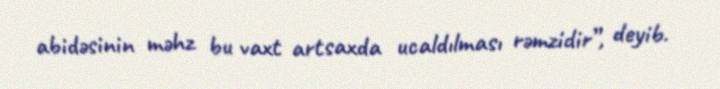
abidəsinin məhz bu vaxt artsaxda ucaldılması rəmzidir”, deyib.